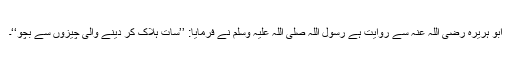
ابو ہریرہ رضی اللہ عنہ سے روایت ہے رسول اللہ صلی اللہ علیہ وسلم نے فرمایا: ’’سات ہلاک کر دینے والی چیزوں سے بچو‘‘۔